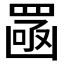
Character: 𦋣